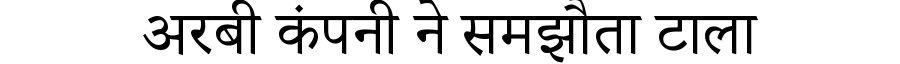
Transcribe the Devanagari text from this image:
अरबी कंपनी ने समझौता टाला